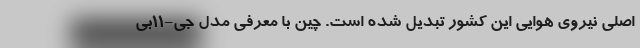
اصلی نیروی هوایی این کشور تبدیل شده است. چین با معرفی مدل جی-11بی